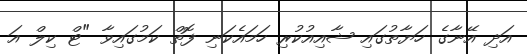
އަދި އޭނާގެ ހަޔާތުގައި ޝާއިއުކުރި ހަމައެކަނި ފޮތް ކަމުގައިވާ "ޓް ކިލް އަ